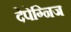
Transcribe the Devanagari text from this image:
देपेग्निज